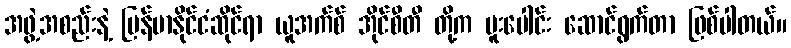
အဖွဲ့အစည်းနဲ့ မြန်မာနိုင်ငံဆိုင်ရာ ယူအက်စ် အိုင်စီတီ တို့က ပူးပေါင်း ဆောင်ရွက်တာ ဖြစ်ပါတယ်။